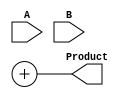
module WallaceTreeMultiplier #(parameter A_WIDTH = 8, parameter B_WIDTH = 8)(
    input [A_WIDTH-1:0] A,
    input [B_WIDTH-1:0] B,
    output reg [A_WIDTH + B_WIDTH - 1:0] Product
);

// Generate partial products
wire [A_WIDTH-1:0] pp[B_WIDTH-1:0]; // Partial products
genvar i;
generate
    for (i = 0; i < B_WIDTH; i = i + 1) begin : pp_gen
        assign pp[i] = A & {A_WIDTH{B[i]}};
    end
endgenerate

// Carry Save Adder (CSA) structure
wire [A_WIDTH + B_WIDTH - 1:0] sum [0:B_WIDTH-1];
wire [A_WIDTH + B_WIDTH - 1:0] carry [0:B_WIDTH-1];

// Initialize the first stage of CSA
assign sum[0] = pp[0];
assign carry[0] = {1'b0, pp[1]}; // Extend to match width

// CSA reduction stages
generate
    for (i = 1; i < B_WIDTH; i = i + 1) begin : csa_stage
        if (i % 3 == 0) begin
            assign sum[i] = sum[i-1] + carry[i-1];
            assign carry[i] = {1'b0, pp[i]} + {1'b0, pp[i+1]} + {1'b0, pp[i+2]};
        end
    end
endgenerate

// Final addition
wire [A_WIDTH + B_WIDTH - 1:0] final_sum;
wire [A_WIDTH + B_WIDTH - 1:0] final_carry;

// Assuming we have reduced to two outputs, we take the last two sums and carries
assign final_sum = sum[B_WIDTH-1];
assign final_carry = carry[B_WIDTH-1];

// Final product calculation
always @(*) begin
    Product = final_sum + final_carry;
end

endmodule